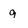
Character: 9